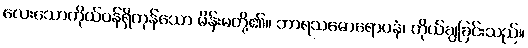
လေးသောကိုယ်ဝန်ရှိကုန်သော မိန်းမတို့၏။ ဘာရသမောရောပနံ၊ ကိုယ်ချခြင်းသည်။